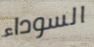
السوداء